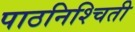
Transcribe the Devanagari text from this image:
पाठनिश्चिती